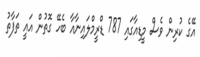
އޭގެ ކުރިން ވެސް މީޑިއާގައި 787 ޑްރީމްލައިނާއާ ބެހޭ ގޮތުން އައީ ތަފާތު